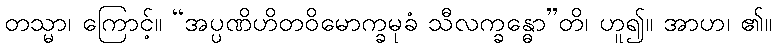
တသ္မာ၊ ကြောင့်။ “အပ္ပဏိဟိတဝိမောက္ခမုခံ သီလက္ခန္ဓော”တိ၊ ဟူ၍။ အာဟ၊ ၏။